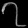
Digit: ၇